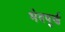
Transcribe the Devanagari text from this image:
भेदपूर्ण